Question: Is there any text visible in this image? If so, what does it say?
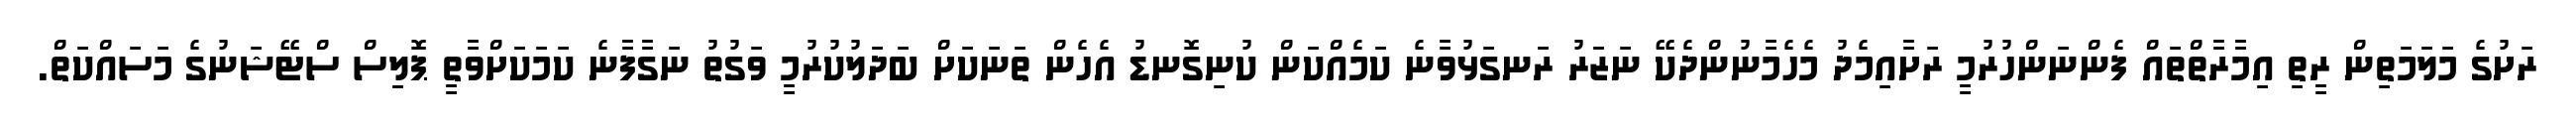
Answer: ރަށުގެ މަލަމަތިން ރީތި އިމާރާތްތައް ފެންނަންހުރުމީ ރަށާއިމެދު މެހެމާނުންދެކޭ ނަޒަރު ރަނގަޅުވާނެ ކަމެއްކަން ކުނިގޮނޑު އެހެން ތަނަކަށް ބަދަލުކުރުމީ ވަގުތު ނަގާފާނެ ކަމަކަށްވާތީ ޕޮލިސް ސްޓޭޝަނުގެ މަސައްކަތް.